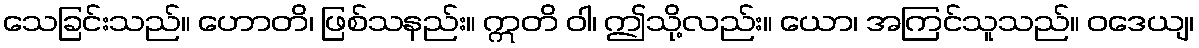
သေခြင်းသည်။ ဟောတိ၊ ဖြစ်သနည်း။ ဣတိ ဝါ၊ ဤသို့လည်း။ ယော၊ အကြင်သူသည်။ ဝဒေယျ၊